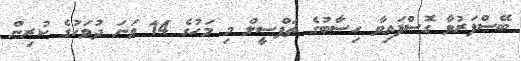
ބޭސްފަރުވާ ގޮސްފައިވާ ހިސާބުގެ ތަފްސީލް މި މަހުގެ 14 ވަނަ ދުވަހުގެ ކުރިން